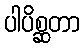
ပါပိစ္ဆတာ